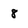
Character: 8